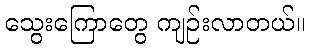
သွေးကြောတွေ ကျဉ်းလာတယ်။